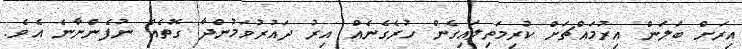
އިރަށް ބަލަން އިރުމައްޗަށް ކުރިމަތިލައިގެން ހުރެގެނެއް އިރު ދައުރުވަމުންދާ ގޮތެއް ނުފެންނާނެ އެވެ.